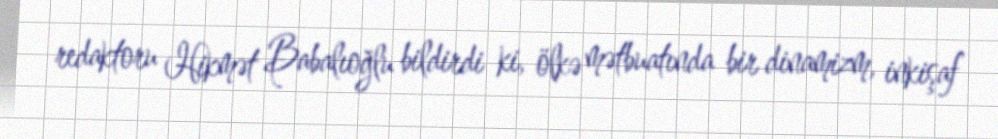
redaktoru Hikmət Babalıoğlu bildirdi ki, ölkə mətbuatında bir dinamizm, inkişaf